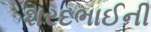
શરદભાઈની